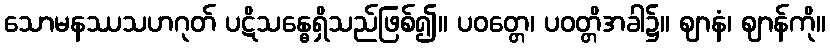
သောမနဿသဟဂုတ် ပဋိသန္ဓေရှိသည်ဖြစ်၍။ ပဝတ္တေ၊ ပဝတ္တိအခါ၌။ ဈာနံ၊ ဈာန်ကို။